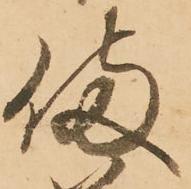
備